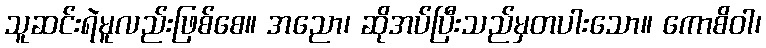
သူဆင်းရဲမူလည်းဖြစ်စေ။ အညော၊ ဆိုအပ်ပြီးသည်မှတပါးသော။ ကောစိဝါ၊